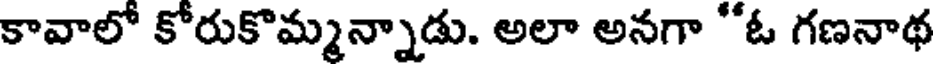
కావాలో కోరుకొమ్మన్నాడు. అలా అనగా "ఓ గణనాథ